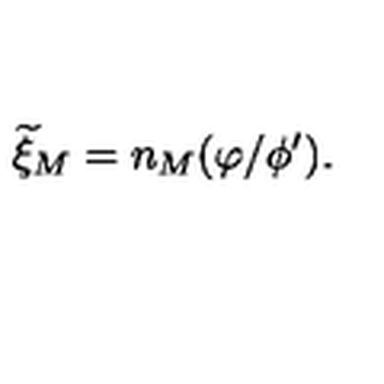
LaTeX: { \widetilde \xi } _ { M } = n _ { M } ( \varphi / \phi ^ { \prime } ) .